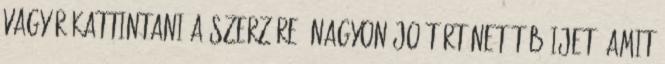
vagy rákattintani a szerzőre. Nagyon jo tőrténet.Töb ijet. Amit